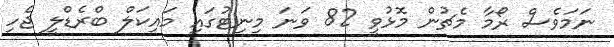
ނަމަވެސް ރޯމާ މެޗުން މޮޅުވީ 82 ވަނަ މިނިޓުގައި މައިކަލް ބްރެޑްލީ ޖެހި